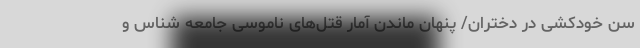
سن خودکشی در دختران/ پنهان ماندن آمار قتل‌های ناموسی جامعه شناس و